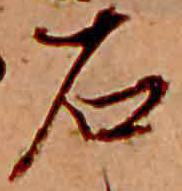
石